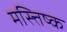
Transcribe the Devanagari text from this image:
मस्त्तिष्क